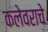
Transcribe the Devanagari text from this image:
कलेवराचे